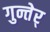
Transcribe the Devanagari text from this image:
गुन्तेर्